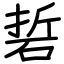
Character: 硩